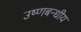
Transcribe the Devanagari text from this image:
उष्णबन्धीय